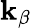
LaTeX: \mathbf{k}_{\beta}